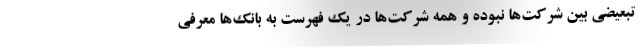
تبعیضی بین شرکت‌ها نبوده و همه شرکت‌ها در یک فهرست به بانک‌ها معرفی